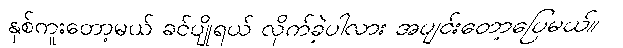
နှစ်ကူးတော့မယ် ခင်ပျိုရယ် လိုက်ခဲ့ပါလား အပျင်းတော့ပြေမယ်။